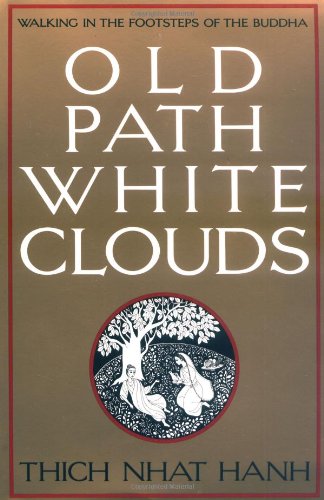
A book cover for Old Path White Clouds: Walking in the Footsteps of the Buddha; Thich Nhat Hanh; Religion & Spirituality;